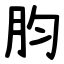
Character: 䏛